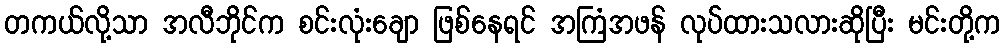
တကယ်လို့သာ အလီဘိုင်က စင်းလုံးချော ဖြစ်နေရင် အကြံအဖန် လုပ်ထားသလားဆိုပြီး မင်းတို့က